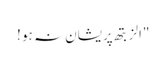
"الزبتھ پریشان نہ ہو !